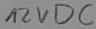
Text: 12VDC